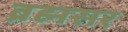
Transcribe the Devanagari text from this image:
ब्रह्मसर